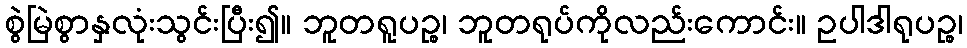
စွဲမြဲစွာနှလုံးသွင်းပြီး၍။ ဘူတရူပဉ္စ၊ ဘူတရုပ်ကိုလည်းကောင်း။ ဥပါဒါရုပဉ္စ၊